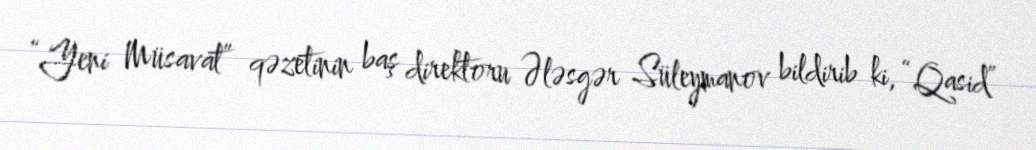
“Yeni Müsavat” qəzetinin baş direktoru Ələsgər Süleymanov bildirib ki, “Qasid”